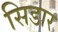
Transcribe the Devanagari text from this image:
सिडार